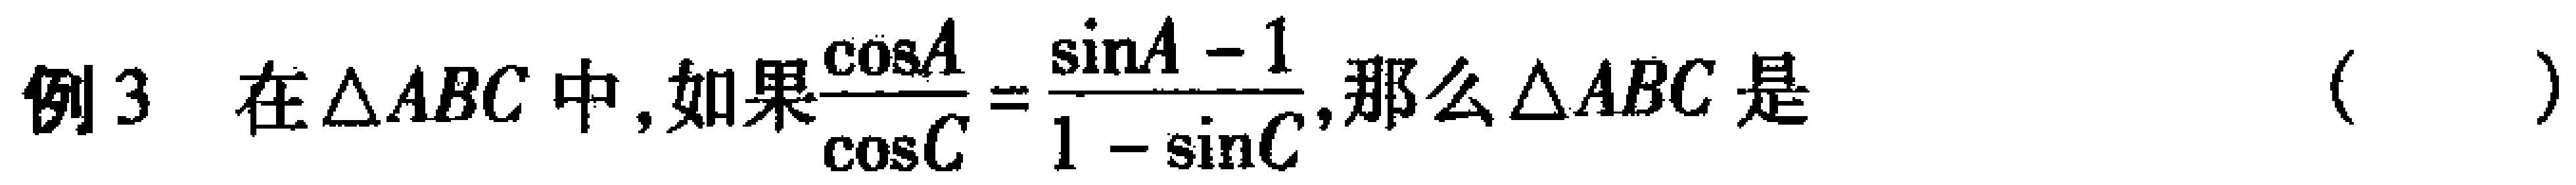
例3 在$\triangle ABC$中，如果$\frac{\cos A}{\cos C}=\frac{\sin A - 1}{1 - \sin C}$，那么$\triangle ABC$是（  ）